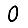
Digit: 0